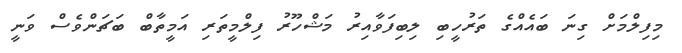
މިފިލްމަށް ގިނަ ބައެއްގެ ތަރުހީބި ލިބިފަވާއިރު މަޝްހޫރު ފިލްމީތަރި އަމީތާބް ބަޗަންވެސް ވަނީ